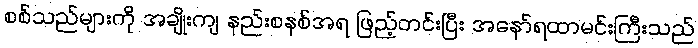
စစ်သည်များကို အချိုးကျ နည်းစနစ်အရ ဖြည့်တင်းပြီး အနော်ရထာမင်းကြီးသည်